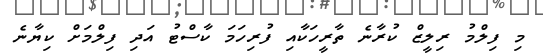
މި ފިލްމު ރިލީޒް ކުރާނެ ތާރީހަކާއި ފުރިހަމަ ކާސްޓު އަދި ފިލްމަށް ކިޔާނެ